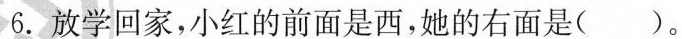
6.放学回家，小红的前面是西，她的右面是()。